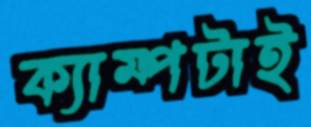
ক্যাম্পটাই